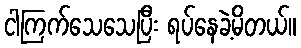
ငါကြက်သေသေပြီး ရပ်နေခဲ့မိတယ်။